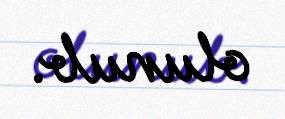
olunub.